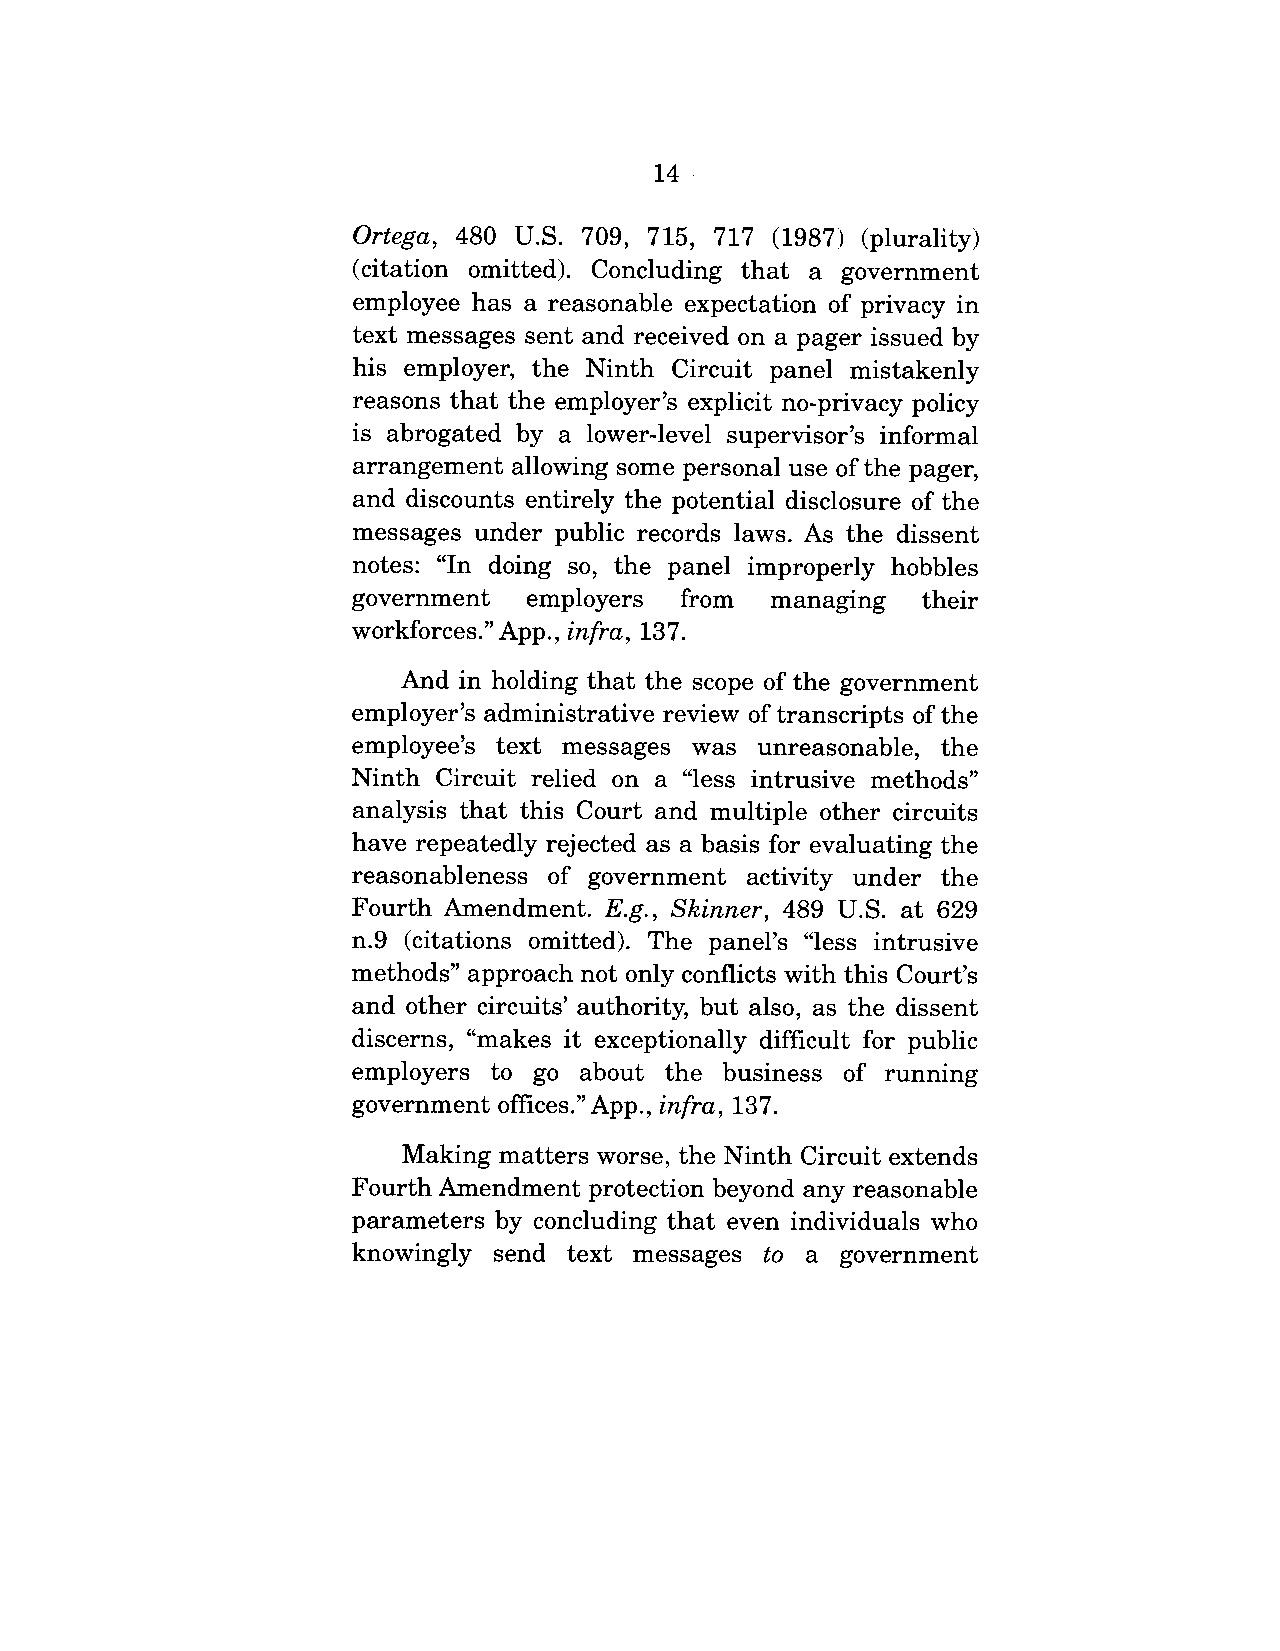
14
 Ortega, 480 U.S. 709, 715, 717 (1987) (plurality)
 (citation omitted). Concluding that a government
 employee has a reasonable expectation of privacy in
 text messages sent and received on a pager issued by
 his employer, the Ninth Circuit panel mistakenly
 reasons that the employer’s explicit no-privacy policy
 is abrogated by a lower-level supervisor’s informal
 arrangement allowing some personal use of the pager,
 and discounts entirely the potential disclosure of the
 messages under public records laws. As the dissent
 notes: "In doing so, the panel improperly hobbles
 government employers from managing their
 workforces." App., infra, 137.
 And  in holding that the scope of the government
 employer’s administrative review of transcripts of the
 employee’s text messages was unreasonable, the
 Ninth Circuit relied on a "less intrusive methods"
 analysis that this Court and multiple other circuits
 have repeatedly rejected as a basis for evaluating the
 reasonableness of government activity under the
 Fourth Amendment. E.g., Skinner, 489 U.S. at 629
 n.9 (citations omitted). The panel’s "less intrusive
 methods" approach not only conflicts with this Court’s
 and other circuits’ authority, but also, as the dissent
 discerns, "makes it exceptionally difficult for public
 employers  to go about the business of running
 government offices." App., infra, 137.
 Making matters worse, the Ninth Circuit extends
 Fourth Amendment protection beyond any reasonable
 parameters by concluding that even individuals who
 knowingly  send text messages to a government